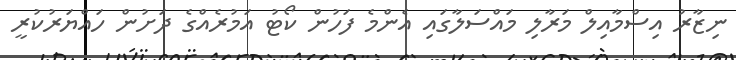
ނިޒާރު އިސްމާއިލް މަރާލި މައްސަލާގައި އެންމެ ފަހުން ކޯޓު އަމުރެއްގެ ދަށުން ހައްޔަރުކުރީ